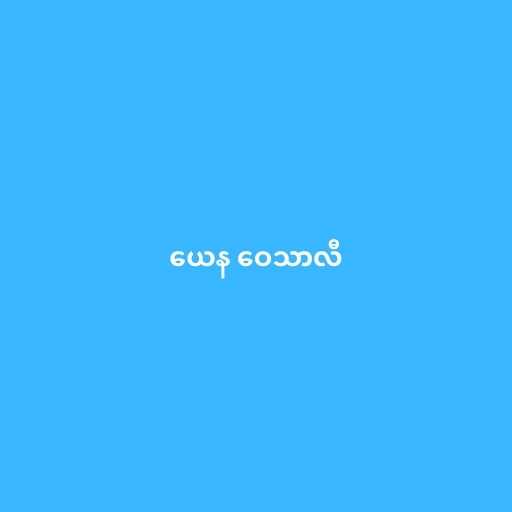
ယေန ဝေသာလီ